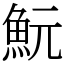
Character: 魭